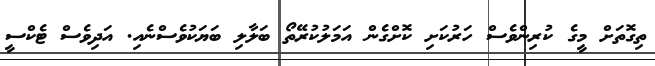
ތިގޮތަށް މީގެ ކުރިންވެސް ހަރުކަށި ކޮށްގެން އަމަލުކުރޭތޯ ބަލާލި ބަޔަކުވެސްނެއި. އަދިވެސް ޓެކްސީ